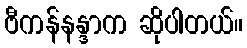
ဗီကန်နန္ဒာက ဆိုပါတယ်။